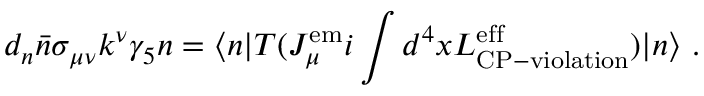
d _ { n } \bar { n } \sigma _ { \mu \nu } k ^ { \nu } \gamma _ { 5 } n = \langle n | T ( J _ { \mu } ^ { \mathrm { e m } } i \int d ^ { 4 } x { \cal { L } } _ { \mathrm { C P - v i o l a t i o n } } ^ { \mathrm { e f f } } ) | n \rangle ~ .